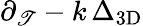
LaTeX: \partial_{\mathscr{T}}-k\, \Delta_{\mathrm{{3D}}}